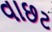
વાછટ